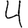
Digit: 4